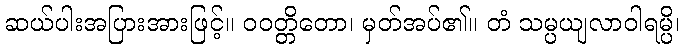
ဆယ်ပါးအပြားအားဖြင့်။ ဝဝတ္တိတော၊ မှတ်အပ်၏။ တံ သမ္ပယျလာဝါရမ္ပိ၊